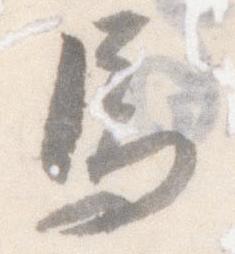
馬